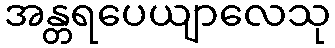
အန္တရပေယျာလေသု